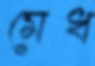
মেধ